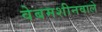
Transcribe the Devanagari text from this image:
वेबमशीनवाले